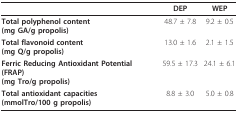
<table><thead><tr><td></td><td><b>DEP</b></td><td><b>WEP</b></td></tr></thead><tbody><tr><td><b>Total polyphenol content</b><b>(mg GA/g propolis)</b></td><td>48.7 ± 7.8</td><td>9.2 ± 0.5</td></tr><tr><td><b>Total flavonoid content</b><b>(mg Q/g propolis)</b></td><td>13.0 ± 1.6</td><td>2.1 ± 1.5</td></tr><tr><td><b>Ferric Reducing Antioxidant Potential (FRAP)</b><b>(mg Tro/g propolis)</b></td><td>59.5 ± 17.3</td><td>24.1 ± 6.1</td></tr><tr><td><b>Total antioxidant capacities</b><b>(mmolTro/100 g propolis)</b></td><td>8.8 ± 3.0</td><td>5.0 ± 0.8</td></tr></tbody></table>